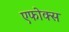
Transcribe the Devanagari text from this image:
एफोक्स